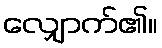
လျှောက်၏။